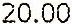
20.00